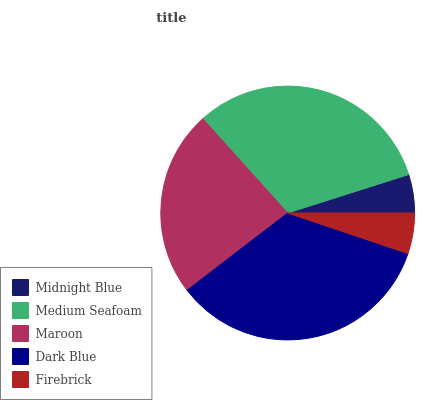
| Midnight Blue | Medium Seafoam | Maroon | Dark Blue | Firebrick |
 | --- | --- | --- | --- | --- |
 | 4.89% | 31.8% | 23.7% | 34.4% | 5.17% |